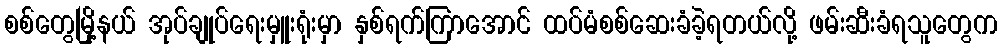
စစ်တွေမြို့နယ် အုပ်ချုပ်ရေးမှူးရုံးမှာ နှစ်ရက်ကြာအောင် ထပ်မံစစ်ဆေးခံခဲ့ရတယ်လို့ ဖမ်းဆီးခံရသူတွေက